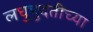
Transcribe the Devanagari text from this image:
लघुमुदतीच्‍या